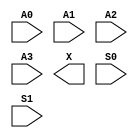
module sky130_fd_sc_hvl__mux4 (
    //# {{data|Data Signals}}
    input  A0,
    input  A1,
    input  A2,
    input  A3,
    output X ,

    //# {{control|Control Signals}}
    input  S0,
    input  S1
);

    // Voltage supply signals
    supply1 VPWR;
    supply0 VGND;
    supply1 VPB ;
    supply0 VNB ;

endmodule